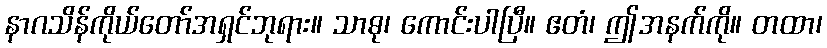
နာဂသိန်ကိုယ်တော်အရှင်ဘုရား။ သာဓု၊ ကောင်းပါပြီ။ ဧတံ၊ ဤအနက်ကို။ တထာ၊